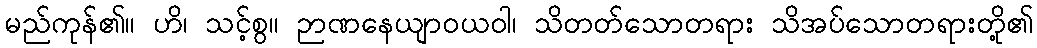
မည်ကုန်၏။ ဟိ၊ သင့်စွ။ ဉာဏနေယျာဝယဝါ၊ သိတတ်သောတရား သိအပ်သောတရားတို့၏